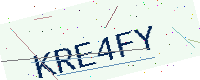
Text: KRE4FY